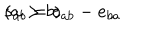
s _ { a b } = e _ { a b } - e _ { b a } \hspace { 2 c m } ( a > b )